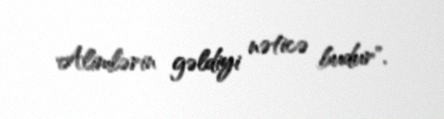
Alimlərin gəldiyi nəticə budur".